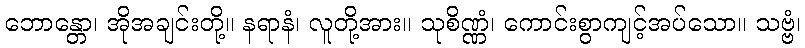
ဘောန္တော၊ အိုအချင်းတို့။ နရာနံ၊ လူတို့အား။ သုစိဏ္ဏံ၊ ကောင်းစွာကျင့်အပ်သော။ သဗ္ဗံ၊